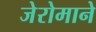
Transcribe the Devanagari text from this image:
जेरोमाने